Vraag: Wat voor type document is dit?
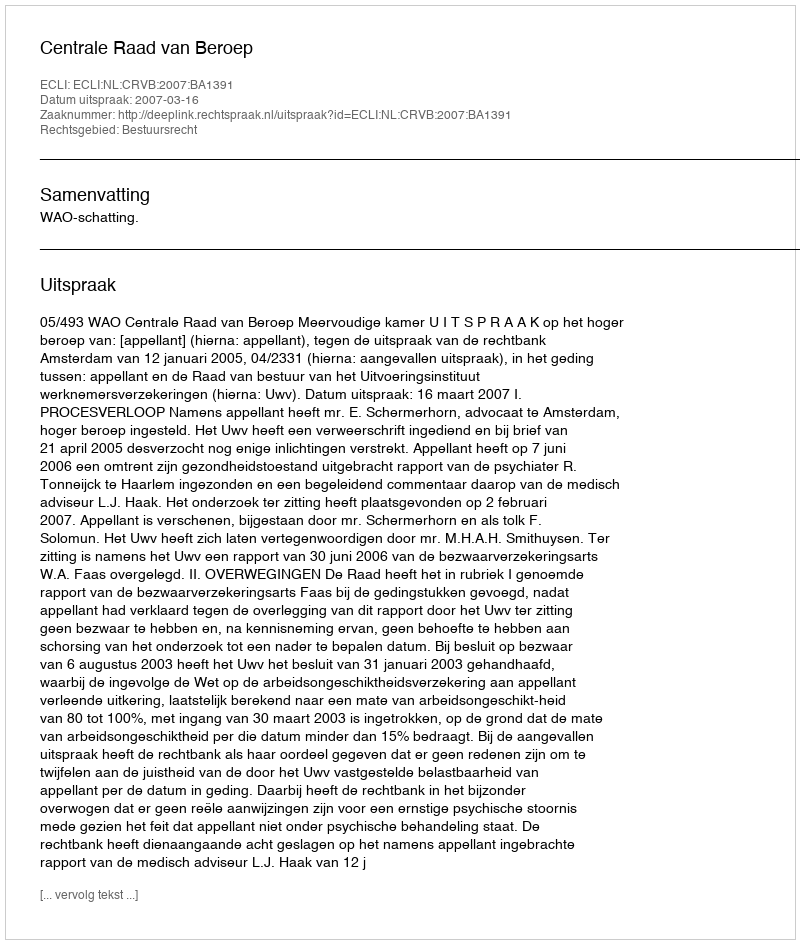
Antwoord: Uitspraak